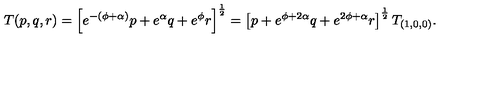
T ( p , q , r ) = \left[ e ^ { - ( \phi + \alpha ) } p + e ^ { \alpha } q + e ^ { \phi } r \right] ^ { \frac { 1 } { 2 } } = \left[ p + e ^ { \phi + 2 \alpha } q + e ^ { 2 \phi + \alpha } r \right] ^ { \frac { 1 } { 2 } } T _ { ( 1 , 0 , 0 ) } .